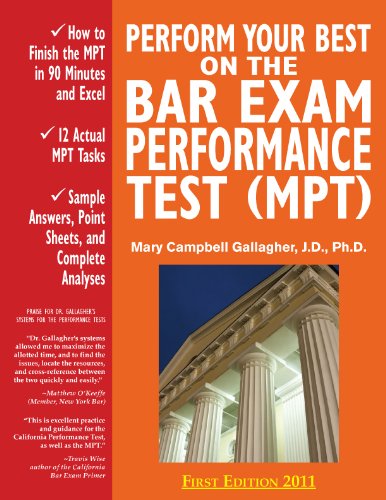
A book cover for Perform Your Best on the Bar Exam Performance Test (MPT): Train to Finish the MPT in 90 Minutes, Like a Sport(TM); Mary Campbell Gallagher; Test Preparation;